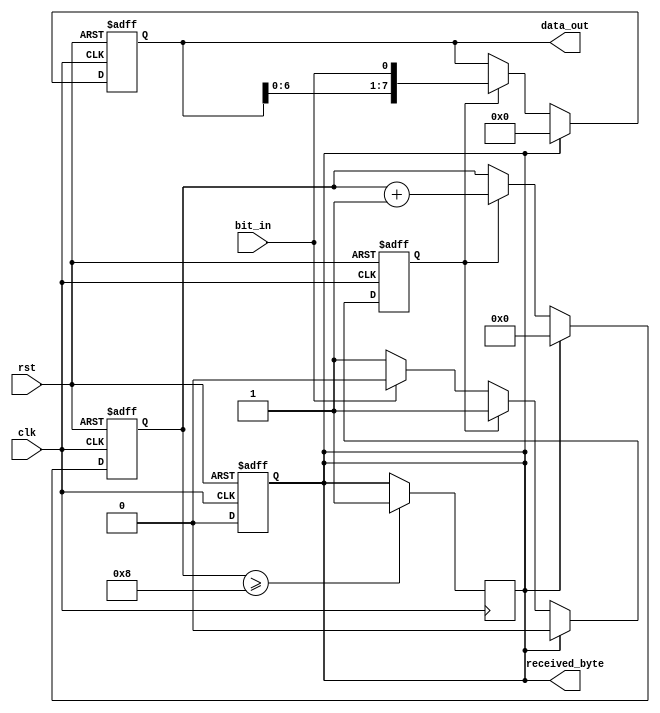
module uart_receiver (
    input clk,
    input rst,
    input bit_in,
    output[7:0] data_out,
    output received_byte
);

    reg[7:0] shift_reg;
    reg[3:0] bit_counter = 0;
    wire[7:0] output_next;
    reg received_data;
    reg start_bit_on;

    always @ (posedge clk or posedge rst)
    begin
        if (rst)
        begin
            shift_reg <= 0;
            received_data <= 0;
            bit_counter <= 0;
            start_bit_on <= 0;
        end else
        begin
            if (received_data)
            begin
                bit_counter <= 0;
                received_data <= 0;
                shift_reg <= 0;
                start_bit_on <= 0;
            end else if (start_bit_on)
            begin
                shift_reg <= output_next;
                bit_counter <= bit_counter + 1'b1;
            end else
            begin
                if (bit_in == 0)
                    start_bit_on <= 1;
            end
        end
    end

    always @ (negedge clk)
    begin
        if (bit_counter >= 4'd8)
            received_data <= 1;
    end

    assign output_next = {shift_reg[6:0], bit_in};
    assign data_out = shift_reg;
    assign received_byte = received_data;
    
endmodule